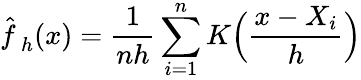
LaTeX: {\hat{f\, }}_{h}(x)={\frac{1}{nh}}\sum_{i=1}^{n}K{\Big(}{\frac{x-X_{i}}{h}}{\Big)}